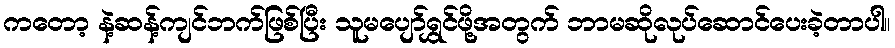
ကတော့ နဲ့ဆန့်ကျင်ဘက်ဖြစ်ပြီး သူမပျော်ရွှင်ဖို့အတွက် ဘာမဆိုလုပ်ဆောင်ပေးခဲ့တာပါ။